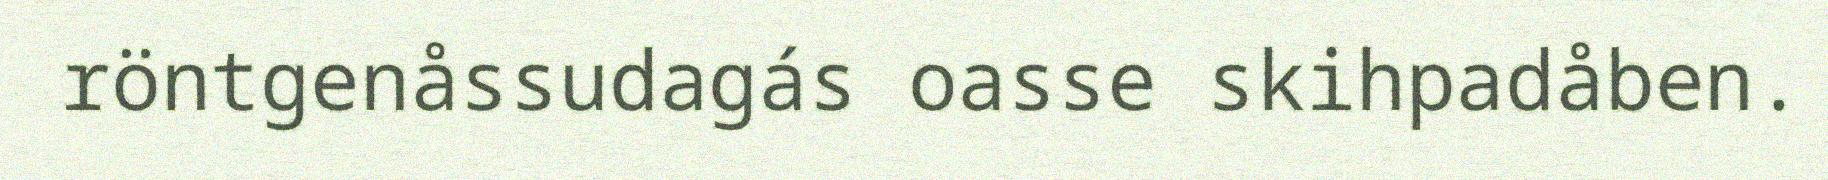
röntgenåssudagás oasse skihpadåben.